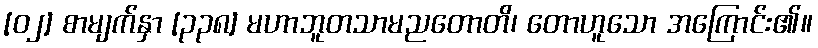
[၀၂] စာမျက်နှာ [၃၃၈] မဟာဘူတသာမညတောတိ၊ တောဟူသော အကြောင်း၏။